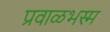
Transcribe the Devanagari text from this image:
प्रवाळभस्म